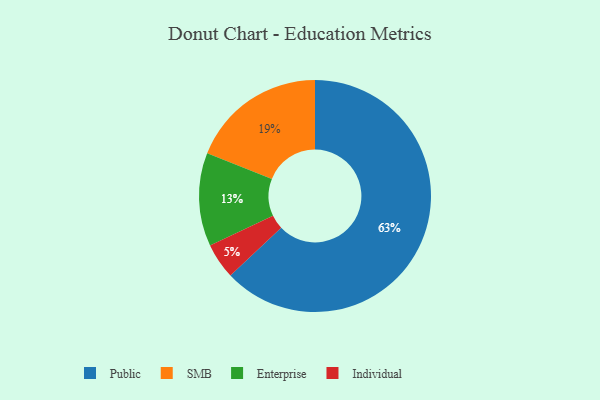
{"axis": {"x": "Category", "y": "Percentage"}, "legend": ["Enterprise", "Individual", "Public", "SMB"], "data": [{"x": "Individual", "y": 5, "type": "Individual"}, {"x": "SMB", "y": 19, "type": "SMB"}, {"x": "Enterprise", "y": 13, "type": "Enterprise"}, {"x": "Public", "y": 63, "type": "Public"}]}